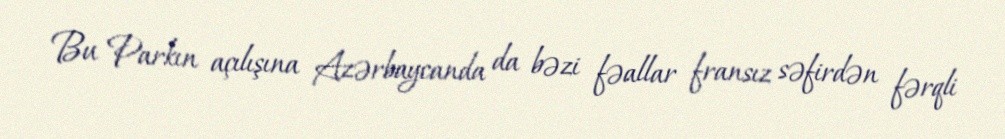
Bu Parkın açılışına Azərbaycanda da bəzi fəallar fransız səfirdən fərqli